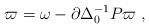
\begin{align*}\varpi = \omega - \partial\Delta_0^{-1}P\varpi\;,\end{align*}